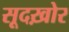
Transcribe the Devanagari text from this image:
सूदख़ोर